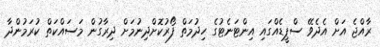
ރާއްޖެ އަށް އެދެވޭ ސްޕީޑެއްގައި އިންޓަނެޓުގެ ހިދުމަތް ފޯރުކޮށްދިނުމަށް ދިރާގުން މަސައްކަތް ކުރަމުންދާ